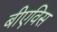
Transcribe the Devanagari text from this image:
बीएविस